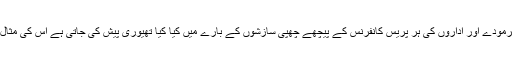
ہر سیاسی اور مذہبی لیڈر کے ہر فرمودے اور اداروں کی ہر پریس کانفرنس کے پیچھے چھپی سازشوں کے بارے میں کیا کیا تھیوری پیش کی جاتی ہے اس کی مثال دینے کی بھی ضرورت نہیں ہے۔